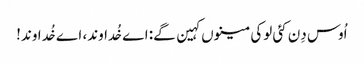
اُوس دِن کئی لوکی مینوں کہین گے: اے خُداوند، اے خُداوند!